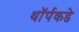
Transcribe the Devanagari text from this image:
थॉर्पकडे